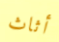
أثاث